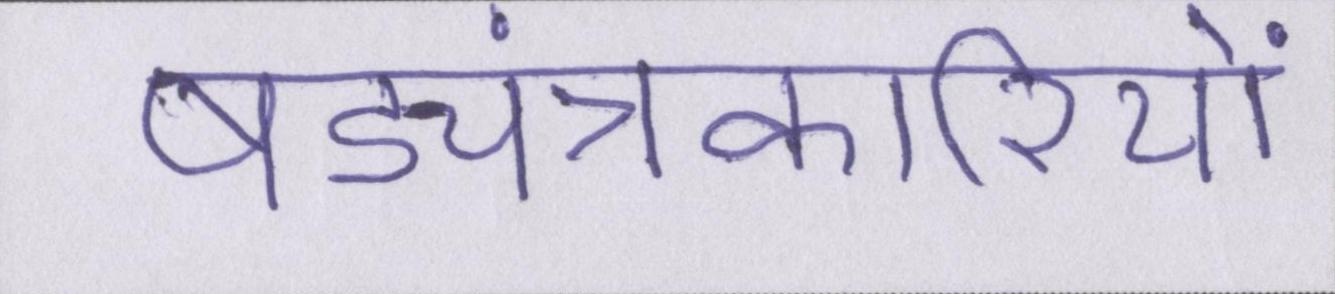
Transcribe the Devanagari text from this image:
षड्यंत्रकारियों